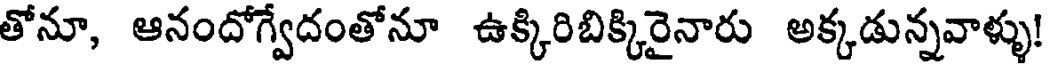
తోనూ, ఆనందోగ్వేదంతోనూ ఉక్కిరిబిక్కిరైనారు అక్కడున్నవాళ్ళు!